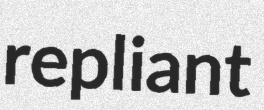
repliant